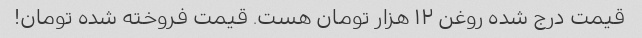
قیمت درج شده روغن ۱۲ هزار تومان هست. قیمت فروخته شده تومان!